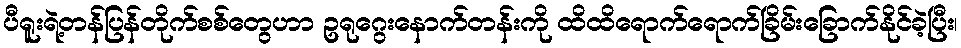
ပီရူးရဲ့တန်ပြန်တိုက်စစ်တွေဟာ ဥရုဂွေးနောက်တန်းကို ထိထိရောက်ရောက်ခြိမ်းခြောက်နိုင်ခဲ့ပြီး၊